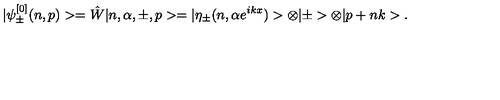
| \psi _ { \pm } ^ { [ 0 ] } ( n , p ) > = \hat { W } | n , \alpha , \pm , p > \nonumber = | \eta _ { \pm } ( n , \alpha e ^ { i k x } ) > \otimes | \pm > \otimes | p + n k > .